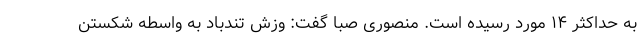
به حداکثر ۱۴ مورد رسیده است. منصوری صبا گفت: وزش تندباد به واسطه شکستن